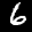
Label: 6